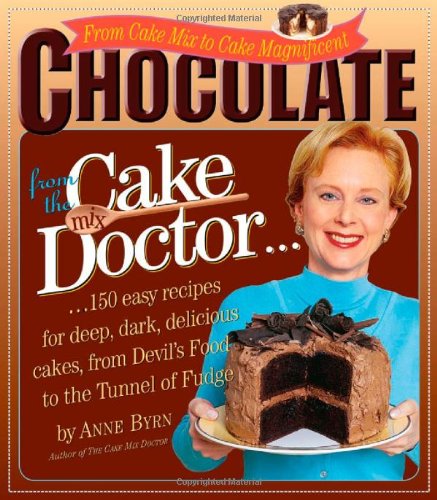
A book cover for Chocolate from the Cake Mix Doctor; Anne Byrn; Cookbooks, Food & Wine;